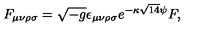
{ F _ { \mu \nu \rho \sigma } = \sqrt { - g } \epsilon _ { \mu \nu \rho \sigma } e ^ { - \kappa \sqrt { 1 4 } \psi } F , }